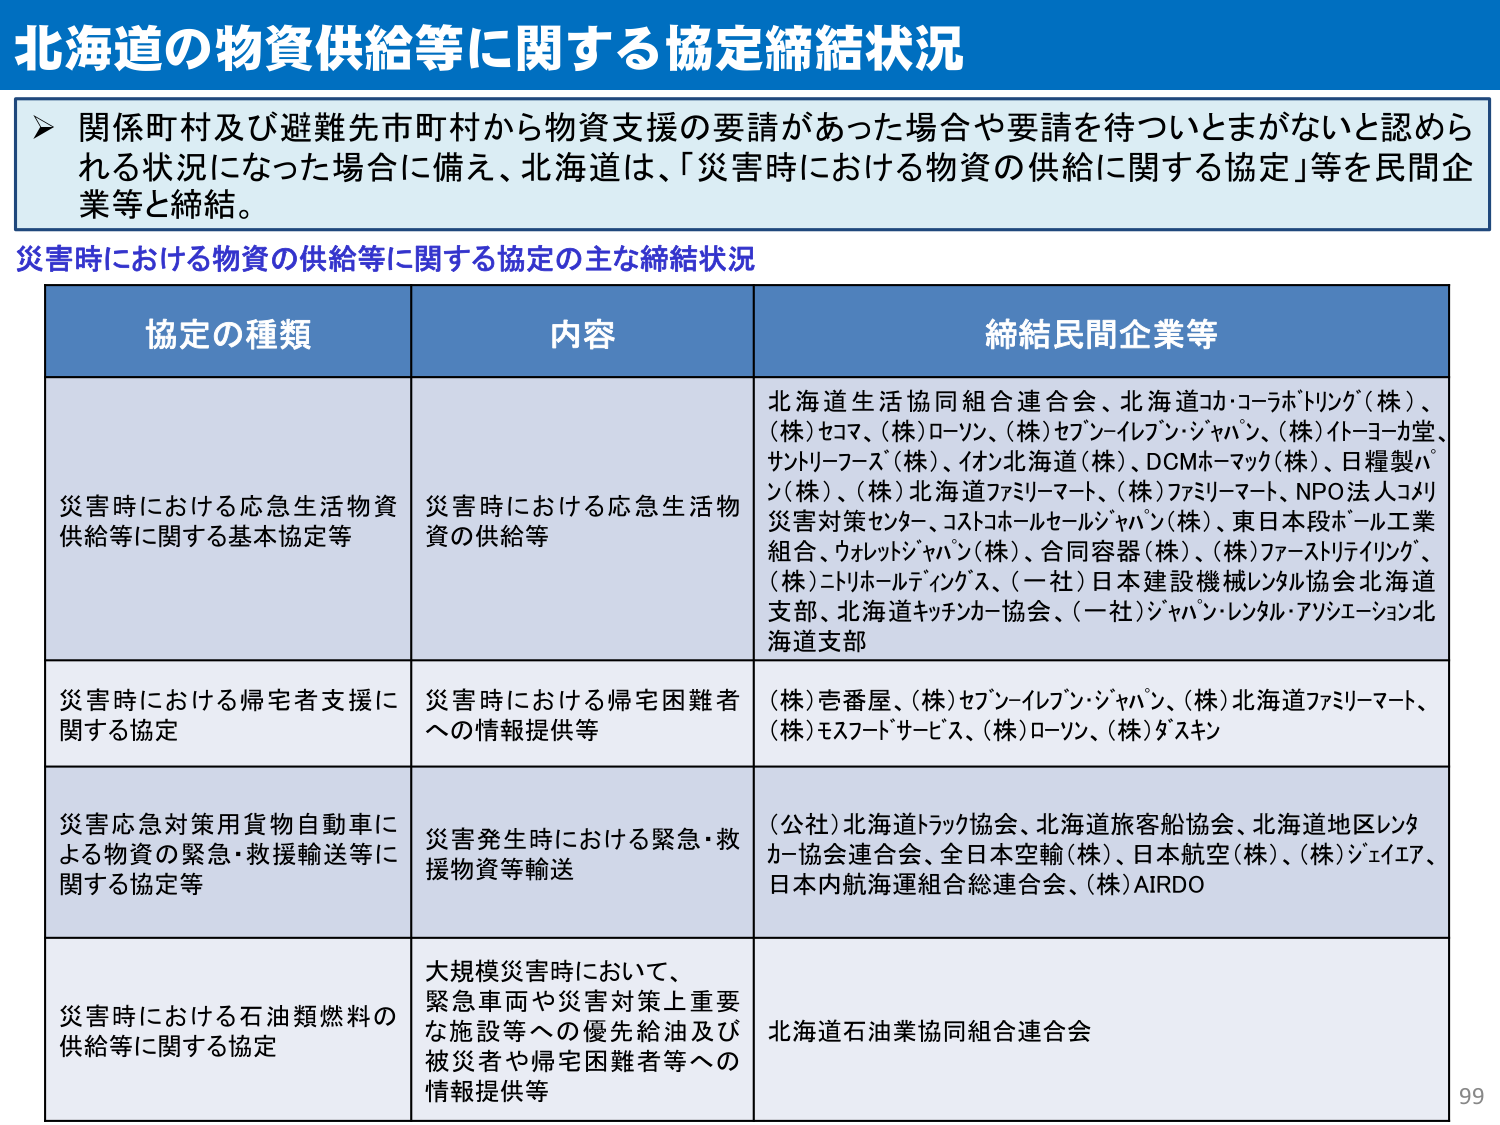
北海道の物資供給等に関する協定締結状況

関係町村及び避難先市町村から物資支援の要請があった場合や要請を待つとまがないと認められる状況になった場合に備え、北海道は、「災害時における物資の供給に関する協定」等を民間企業等と締結。

災害時における物資の供給等に関する協定の主な締結状況

協定の種類 内容 締結民間企業等

災害時における応急生活物資供給等に関する基本協定等 災害時における応急生活物資の供給等 北海道生活協同組合連合会、北海道コ・コーラボトリング（株）、（株）セコマ、（株）ローソン、（株）セブン-イレブン・ジャパン、（株）イトーヨーカ堂、サントリーフーズ（株）、イオン北海道（株）、DCMホーマック（株）、日糧製パン（株）、（株）北海道ファミリーマート、（株）ファミリーマート、NPO法人コメリ災害対策センター、コストコホールセールジャパン（株）、東日本段ボール工業組合、ウォレットジャパン（株）、合同容器（株）、（株）ファーストリテイリング、（株）ニトリホールディングス、（一社）日本建設機械レンタル協会北海道支部、北海道キッチンカー協会、（一社）ジャパン・レンタル・アソシエーション北海道支部

災害時における帰宅者支援に関する協定 災害時における帰宅困難者への情報提供等 （株）壱番屋、（株）セブン-イレブン・ジャパン、（株）北海道ファミリーマート、（株）モスフードサービス、（株）ローソン、（株）タスキン

災害応急対策用貨物自動車による物資の緊急・救援輸送等に関する協定 災害発生時における緊急・救援物資等輸送 （公社）北海道トラック協会、北海道旅客船協会、北海道地区レンタカー協会連合会、全日本空輸（株）、日本航空（株）、（株）ジェイエア、日本内航海運組合総連合会、（株）AIRDО

災害時における石油類燃料の供給等に関する協定 大規模災害時において、緊急車両や災害対策上重要な施設等への優先給油及び被災者や帰宅困難者等への情報提供等 北海道石油業協同組合連合会

99